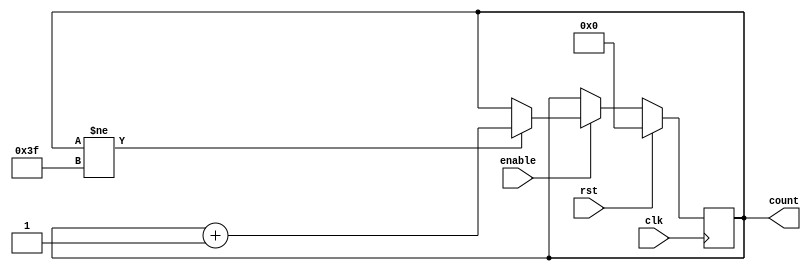
module counter (
    output reg [5:0] count,
    input enable, rst, clk);

    always @ (posedge clk) begin
        if (rst == 1'b1) count <= 6'b0;
        else if (enable == 1'b1) begin
            if (count != 6'd63) count <= count + 1;
        end
    end

endmodule